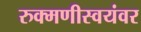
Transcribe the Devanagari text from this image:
रुक्मणीस्वयंवर